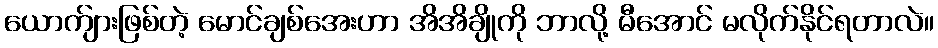
ယောက်ျားဖြစ်တဲ့ မောင်ချစ်အေးဟာ အိအိချိုကို ဘာလို့ မီအောင် မလိုက်နိုင်ရတာလဲ။